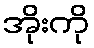
အိုးကို